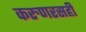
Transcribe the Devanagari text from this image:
करुणरसही